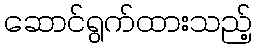
ဆောင်ရွက်ထားသည့်